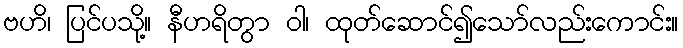
ဗဟိ၊ ပြင်ပသို့။ နီဟရိတွာ ဝါ၊ ထုတ်ဆောင်၍သော်လည်းကောင်း။